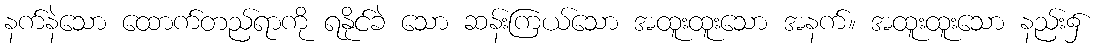
နက်နဲသော ထောက်တည်ရာကို ရနိုင်ခဲ သော ဆန်းကြယ်သော အထူးထူးသော အနက်။ အထူးထူးသော နည်း၌